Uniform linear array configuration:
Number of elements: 16
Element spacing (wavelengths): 0.75
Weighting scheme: hann
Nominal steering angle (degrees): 45
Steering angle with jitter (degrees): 46.324
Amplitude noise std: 0.05
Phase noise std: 0.05

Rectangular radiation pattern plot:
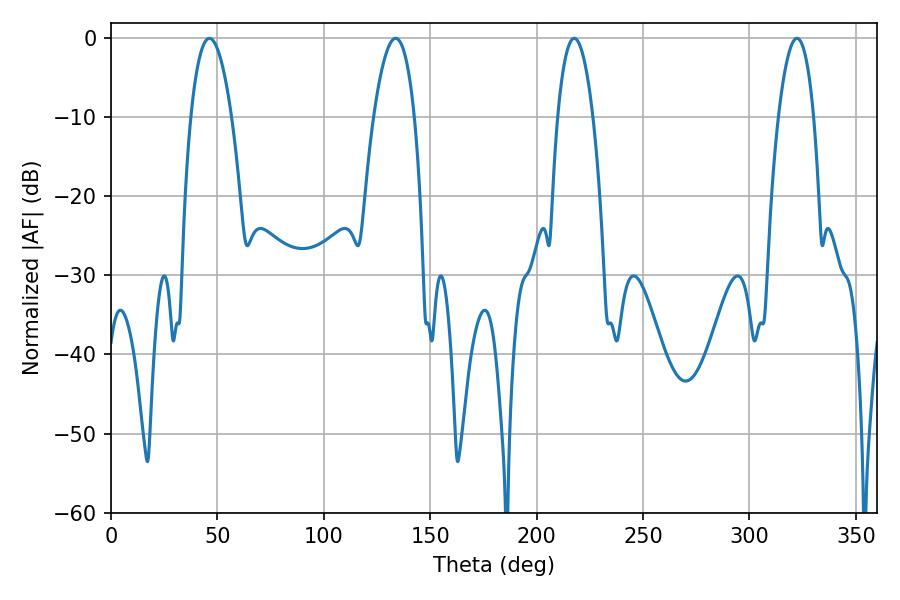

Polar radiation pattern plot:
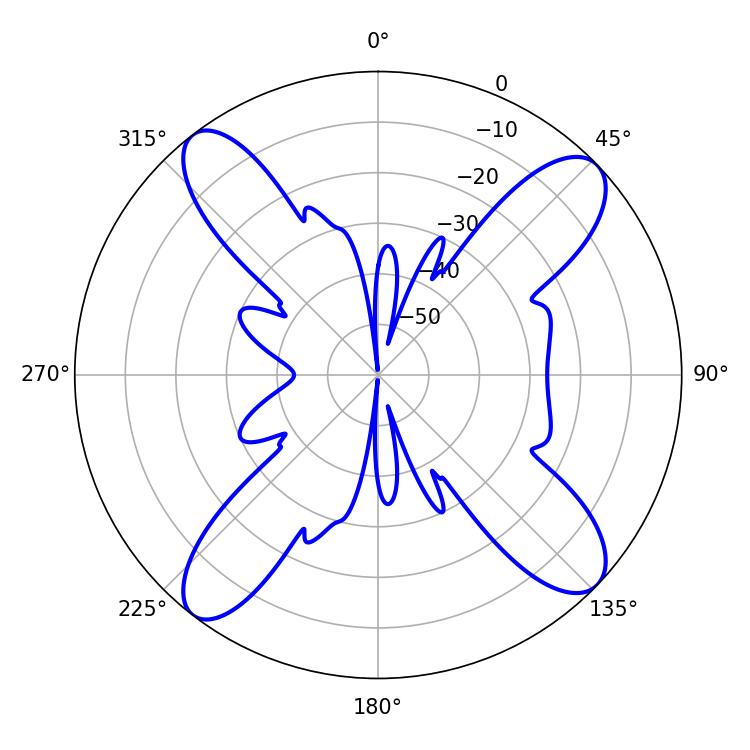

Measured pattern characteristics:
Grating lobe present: TRUE
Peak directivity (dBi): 14.062
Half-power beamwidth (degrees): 10.62
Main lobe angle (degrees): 46.26